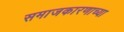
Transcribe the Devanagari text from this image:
समाजकारणाच्या